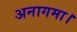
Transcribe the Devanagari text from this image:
अनागमा।